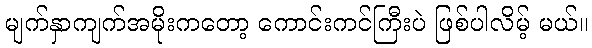
မျက်နှာကျက်အမိုးကတော့ ကောင်းကင်ကြီးပဲ ဖြစ်ပါလိမ့် မယ်။